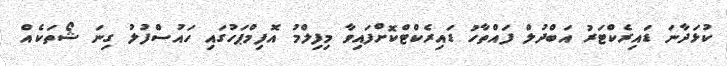
ކުޅަދާނަ ޑައިރެކްޓަރު އަބްދުލް ފައްތާހު ޑައިރެކްޓްކޮށްފައިވާ މިފިލްމު އޮފިމްޕަހުގައި ހައުސްފުލު ގިނަ ޝޯތަކެއް